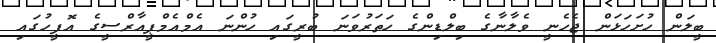
ބީލަން ހުށަހަޅަން ޖެހެނީ ވެލާނާގެ ބިލްޑިންގެ ހަތަރުވަނަ ބުރީގައި ހުންނަ އެމްއެމްޕީއާރްސީގެ އޮފީހުގައި